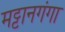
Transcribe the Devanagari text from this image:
मट्टानगंगा